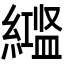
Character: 𬗻